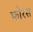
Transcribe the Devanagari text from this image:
फोरस